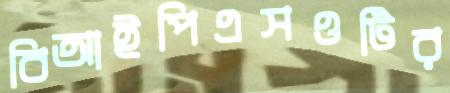
বিআইপিএসওটির